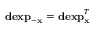
\mathbf { d e x p } _ { - \mathbf { x } } = \mathbf { d e x p } _ { \mathbf { x } } ^ { T }